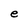
Character: e